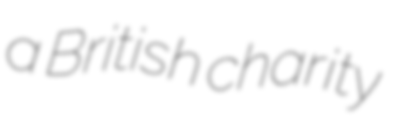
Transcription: a British charity